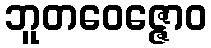
ဘူတဝေဇ္ဇောဝ